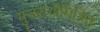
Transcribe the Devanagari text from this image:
गुजराथीमिश्रित